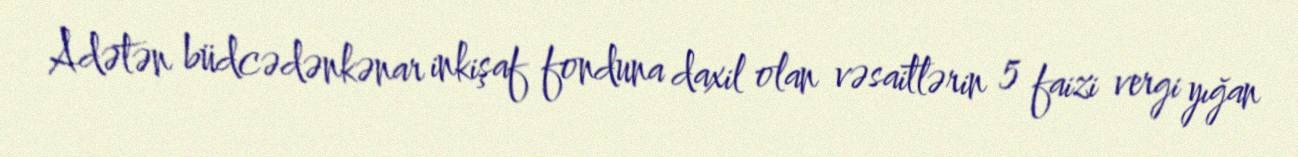
Adətən büdcədənkənar inkişaf fonduna daxil olan vəsaitlərin 5 faizi vergi yığan